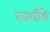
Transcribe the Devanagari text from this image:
स्वर्गीये